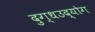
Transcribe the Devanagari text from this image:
दुग्धउद्योग